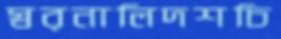
স্বরনালিদশচি